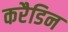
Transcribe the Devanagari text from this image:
करैडिन